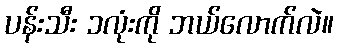
ပန်းသီး ၁လုံးကို ဘယ်လောက်လဲ။